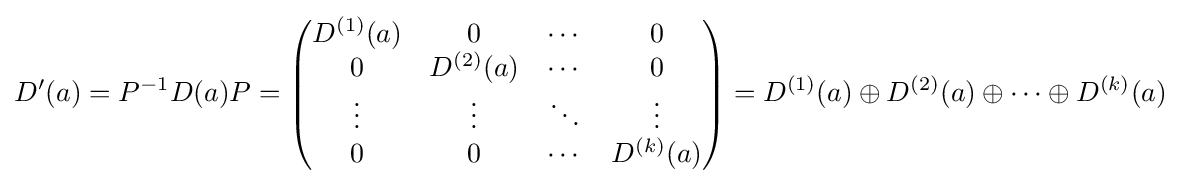
D'(a)=P^{-1}D(a)P={\begin{pmatrix}D^{(1)}(a)&0&\cdots &0\\0&D^{(2)}(a)&\cdots &0\\\vdots &\vdots &\ddots &\vdots \\0&0&\cdots &D^{(k)}(a)\\\end{pmatrix}}=D^{(1)}(a)\oplus D^{(2)}(a)\oplus \cdots \oplus D^{(k)}(a)